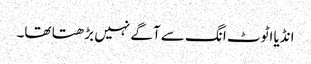
انڈیا اٹوٹ انگ سے آگے نہیں بڑھتا تھا۔